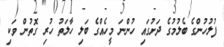
ފުލުހުންގެ ބެލުމުގެ ދަށުގައި ހުންނަ މީހެއްގެ ބަލި ހާލަތު ހުރި ގޮތުން ވަކި